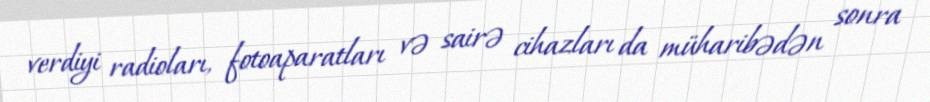
verdiyi radioları, fotoaparatları və sairə cihazları da müharibədən sonra